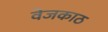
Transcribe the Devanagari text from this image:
वेजकाठ